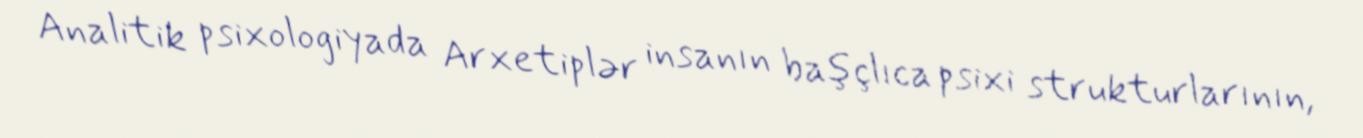
Analitik psixologiyada Arxetiplər insanın başçlıca psixi strukturlarının,